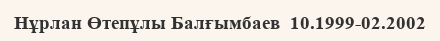
Нұрлан Өтепұлы Балғымбаев  10.1999-02.2002